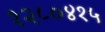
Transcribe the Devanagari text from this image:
१२८०४१५